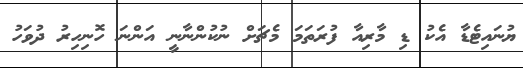
ޔުނައިޓެޑާ އެކު ޑި މާރިއާ ފުރަތަމަ މެޗަށް ނުކުންނާނީ އަންނަ ހޮނިހިރު ދުވަހު